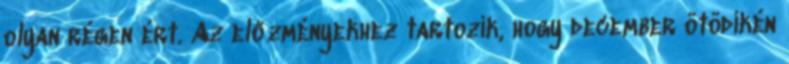
olyan régen ért. Az előzményekhez tartozik, hogy december ötödikén